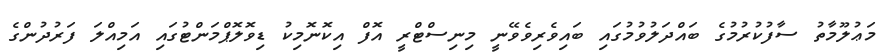
މަޢުލޫމާތު ސާފުކުރުމުގެ ބައްދަލުވުމުގައި ބައިވެރިވެވޭނީ މިނިސްޓްރީ އޮފް އިކޮނޮމިކު ޑިވޮލޮޕްމަންޓުގައި އަމިއްލަ ފަރުދުންގެ